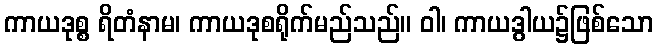
ကာယဒုစ္စ ရိတံနာမ၊ ကာယဒုစရိုက်မည်သည်။ ဝါ၊ ကာယဒွါယ၌ဖြစ်သော